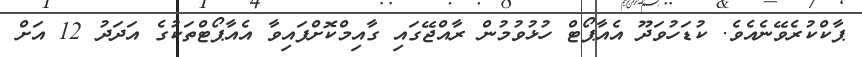
ޕާކްކުރެވޭނެއެވެ. ކުޑަހުވަދޫ އެއާޕޯޓް ހުޅުވުމުން ރާއްޖޭގައި ގާއިމްކޮށްފައިވާ އެއާޕޯޓްތަކުގެ އަދަދު 12 އަށް